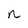
Character: n